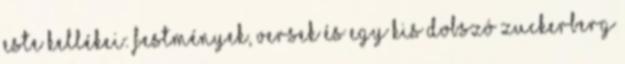
este kellékei: festmények, versek és egy kis dobszó Zuckerberg